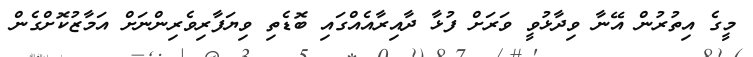
މީގެ އިތުރުން އޭނާ ވިދާޅުވީ ވަރަށް ފުޅާ ދާއިރާއެއްގައި ބޮޑެތި ވިޔަފާރިވެރިންނަށް އަމާޒުކޮށްގެން